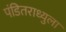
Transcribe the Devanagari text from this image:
पंडितराध्युला